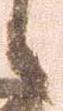
候